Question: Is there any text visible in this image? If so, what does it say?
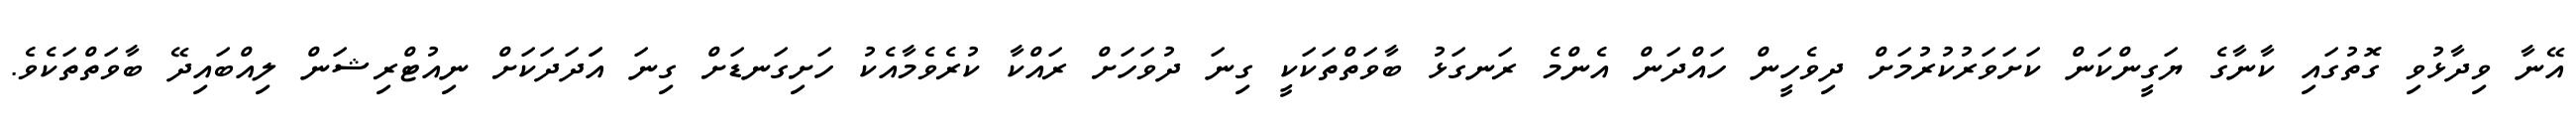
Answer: އޭނާ ވިދާޅުވި ގޮތުގައި ކާނާގެ ޔަގީންކަން ކަށަވަރުކުރުމަށް ދިވެހީން ހައްދަން އެންމެ ރަނގަޅު ބާވަތްތަކަކީ ގިނަ ދުވަހަށް ރައްކާ ކުރެވެމާއެކު ހަށިގަނޑަށް ގިނަ އަަދަދަކަށް ނިއުޓްރިޝަން ލިއްބައިދޭ ބާވަތްތަކެވެ.